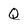
Character: Q